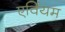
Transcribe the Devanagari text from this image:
एर्वियम